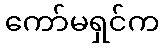
ကော်မရှင်က